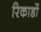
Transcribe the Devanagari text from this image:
रिकाडों